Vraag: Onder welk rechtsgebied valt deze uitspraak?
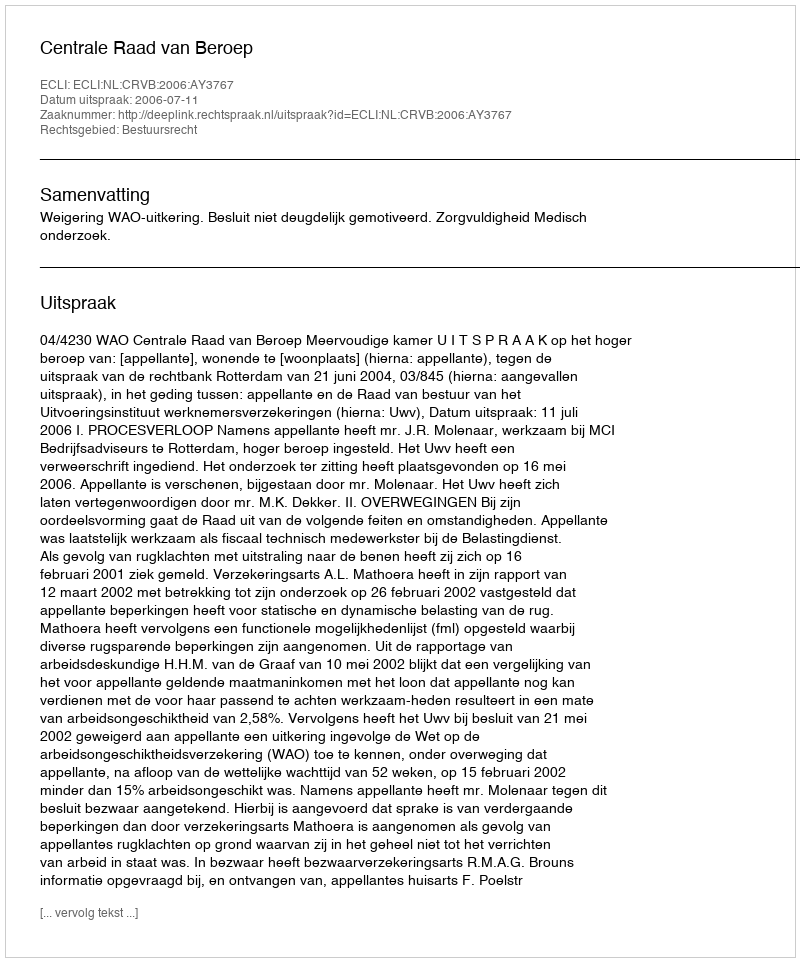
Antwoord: Bestuursrecht